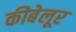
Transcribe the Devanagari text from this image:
कीबेलूर